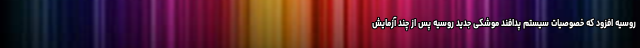
روسیه افزود که خصوصیات سیستم پدافند موشکی جدید روسیه پس از چند آزمایش